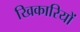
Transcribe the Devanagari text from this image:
खिकारियों